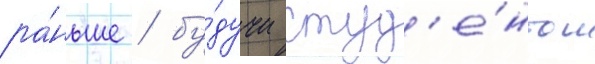
ра́ньше / бу́дучи студ'е́нтом